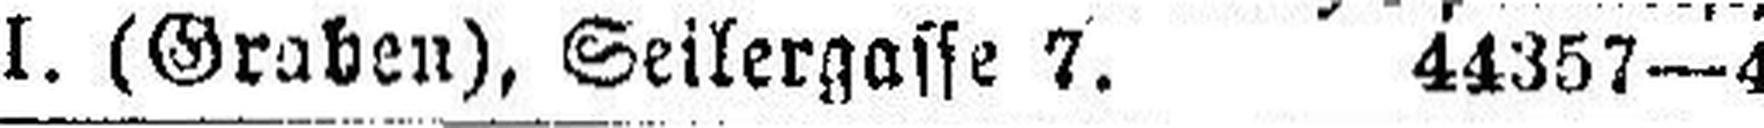
I. (Graben), Seilergasse 7, 44357—4